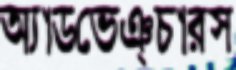
অ্যাডভেঞ্চারস